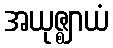
အယုဇ္ဈာယံ